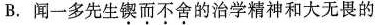
B.闻一多先生锲而不舍的治学精神和大无畏的